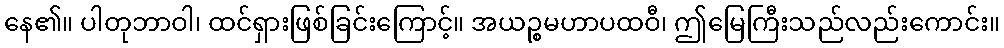
နေ၏။ ပါတုဘာဝါ၊ ထင်ရှားဖြစ်ခြင်းကြောင့်။ အယဉ္စမဟာပထဝီ၊ ဤမြေကြီးသည်လည်းကောင်း။